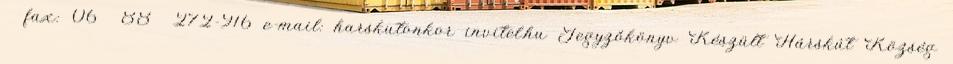
fax: 06 88 272-916 e-mail: harskutonkor invitel.hu Jegyzőkönyv Készült Hárskút Község